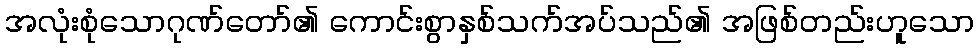
အလုံးစုံသောဂုဏ်တော်၏ ကောင်းစွာနှစ်သက်အပ်သည်၏ အဖြစ်တည်းဟူသော